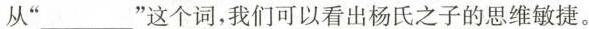
从“___”这个词，我们可以看出杨氏之子的思维敏捷。